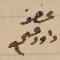
عضو داود عسى